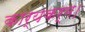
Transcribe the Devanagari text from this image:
कार्यकर्म।